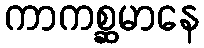
ကာကစ္ဆမာနေ